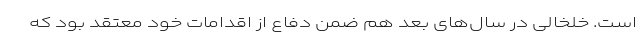
است. خلخالی در سال‌های بعد هم ضمن دفاع از اقدامات خود معتقد بود که